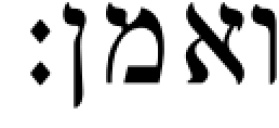
ואמן: